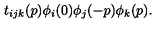
t _ { i j k } ( p ) \phi _ { i } ( 0 ) \phi _ { j } ( - p ) \phi _ { k } ( p ) .